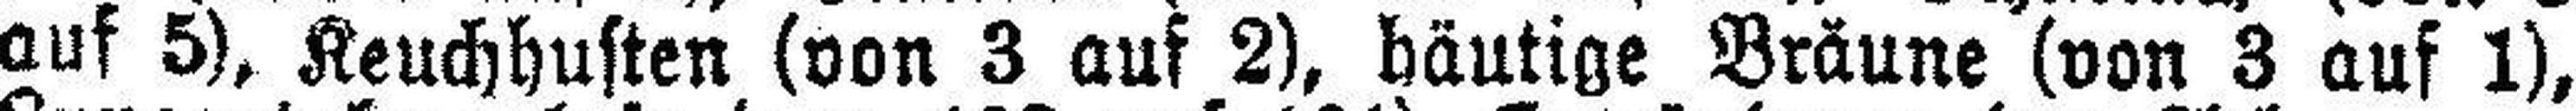
auf 5), Keuchhusten (von 3 auf 2), bäutige Bräune (von 3 auf 1),